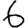
Digit: 6